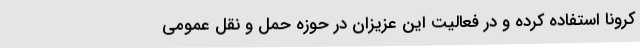
کرونا استفاده کرده و در فعالیت این عزیزان در حوزه حمل و نقل عمومی